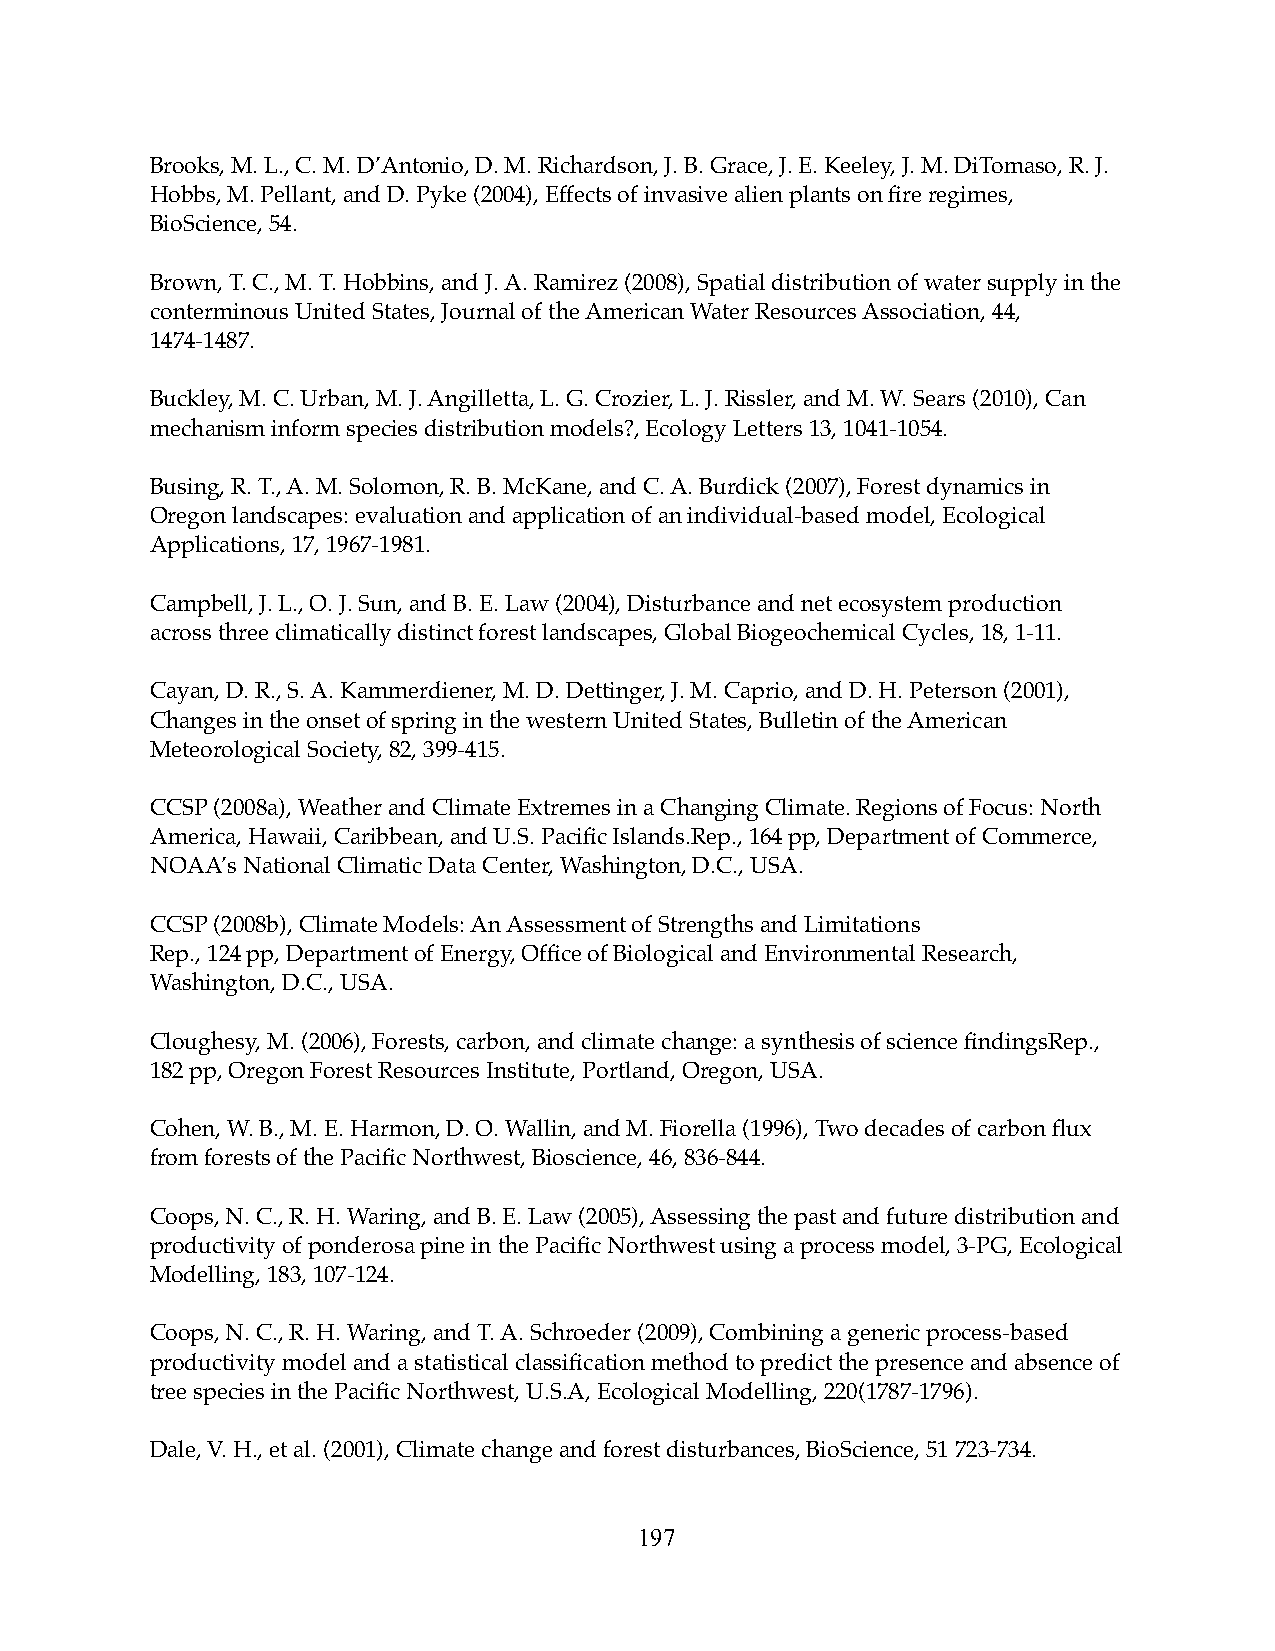
Brooks, M. L., C. M. D’Antonio, D. M. Richardson, J. B. Grace, J. E. Keeley, J. M. DiTomaso, R. J.
 Hobbs, M. Pellant, and D. Pyke (2004), Effects of invasive alien plants on fire regimes,
 BioScience, 54.
 Brown, T. C., M. T. Hobbins, and J. A. Ramirez (2008), Spatial distribution of water supply in the
 conterminous United States, Journal of the American Water Resources Association, 44,
 1474-1487.
 Buckley, M. C. Urban, M. J. Angilletta, L. G. Crozier, L. J. Rissler, and M. W. Sears (2010), Can
 mechanism inform species distribution models?, Ecology Letters 13, 1041-1054.
 Busing, R. T., A. M. Solomon, R. B. McKane, and C. A. Burdick (2007), Forest dynamics in
 Oregon landscapes: evaluation and application of an individual-based model, Ecological
 Applications, 17, 1967-1981.
 Campbell, J. L., O. J. Sun, and B. E. Law (2004), Disturbance and net ecosystem production
 across three climatically distinct forest landscapes, Global Biogeochemical Cycles, 18, 1-11.
 Cayan, D. R., S. A. Kammerdiener, M. D. Dettinger, J. M. Caprio, and D. H. Peterson (2001),
 Changes in the onset of spring in the western United States, Bulletin of the American
 Meteorological Society, 82, 399-415.
 CCSP (2008a), Weather and Climate Extremes in a Changing Climate. Regions of Focus: North
 America, Hawaii, Caribbean, and U.S. Pacific Islands.Rep., 164 pp, Department of Commerce,
 NOAA’s National Climatic Data Center, Washington, D.C., USA.
 CCSP (2008b), Climate Models: An Assessment of Strengths and Limitations
 Rep., 124 pp, Department of Energy, Office of Biological and Environmental Research,
 Washington, D.C., USA.
 Cloughesy, M. (2006), Forests, carbon, and climate change: a synthesis of science findingsRep.,
 182 pp, Oregon Forest Resources Institute, Portland, Oregon, USA.
 Cohen, W. B., M. E. Harmon, D. O. Wallin, and M. Fiorella (1996), Two decades of carbon flux
 from forests of the Pacific Northwest, Bioscience, 46, 836-844.
 Coops, N. C., R. H. Waring, and B. E. Law (2005), Assessing the past and future distribution and
 productivity of ponderosa pine in the Pacific Northwest using a process model, 3-PG, Ecological
 Modelling, 183, 107-124.
 Coops, N. C., R. H. Waring, and T. A. Schroeder (2009), Combining a generic process-based
 productivity model and a statistical classification method to predict the presence and absence of
 tree species in the Pacific Northwest, U.S.A, Ecological Modelling, 220(1787-1796).
 Dale, V. H., et al. (2001), Climate change and forest disturbances, BioScience, 51 723-734.
 197